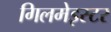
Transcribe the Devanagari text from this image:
गिलमेइस्टर